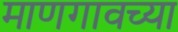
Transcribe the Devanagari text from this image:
माणगावच्या